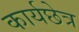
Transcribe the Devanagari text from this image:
कार्यछेत्र